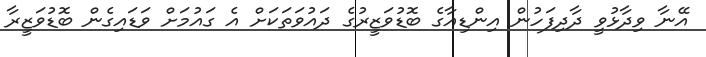
އޭނާ ވިދާޅުވީ ދާދިފަހުން އިންޑިއާގެ ބޮޑުވަޒީރުގެ ދައުވަތަކަށް އެ ގައުމަށް ވަޑައިގެން ބޮޑުވަޒީރާ